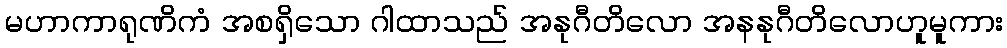
မဟာကာရုဏိကံ အစရှိသော ဂါထာသည် အနုဂီတိလော အနနုဂီတိလောဟူမူကား